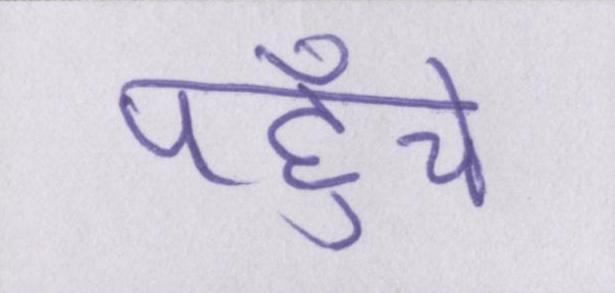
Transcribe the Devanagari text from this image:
पहुँचे